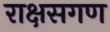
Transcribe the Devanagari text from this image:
राक्षसगण